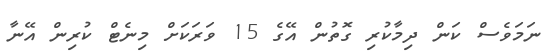
ނަމަވެސް ކަން ދިމާކުރި ގޮތުން އޭގެ 15 ވަރަކަށް މިނެޓް ކުރިން އޭނާ